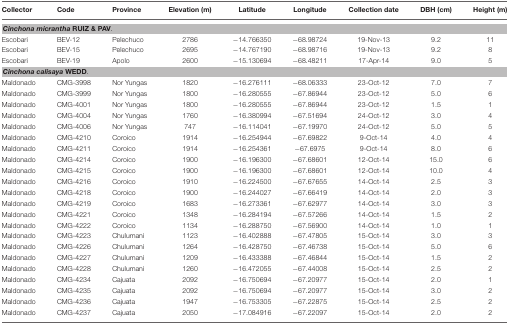
<table><thead><tr><td><b>Collector</b></td><td><b>Code</b></td><td><b>Province</b></td><td><b>Elevation (m)</b></td><td><b>Latitude</b></td><td><b>Longitude</b></td><td><b>Collection date</b></td><td><b>DBH (cm)</b></td><td><b>Height (m)</b></td></tr></thead><tbody><tr><td colspan="9"><i><b>Cinchona micrantha</b></i><b>RUIZ &amp; PAV</b>.</td></tr><tr><td>Escobari</td><td>BEV-12</td><td>Pelechuco</td><td>2786</td><td>−14.766350</td><td>−68.98724</td><td>19-Nov-13</td><td>9.2</td><td>11</td></tr><tr><td>Escobari</td><td>BEV-15</td><td>Pelechuco</td><td>2695</td><td>−14.767190</td><td>−68.98716</td><td>19-Nov-13</td><td>9.2</td><td>8</td></tr><tr><td>Escobari</td><td>BEV-19</td><td>Apolo</td><td>2600</td><td>−15.130694</td><td>−68.48211</td><td>17-Apr-14</td><td>9.0</td><td>5</td></tr><tr><td colspan="9"><i><b>Cinchona calisaya</b></i><b>WEDD</b>.</td></tr><tr><td>Maldonado</td><td>CMG-3998</td><td>Nor Yungas</td><td>1820</td><td>−16.276111</td><td>−68.06333</td><td>23-Oct-12</td><td>7.0</td><td>7</td></tr><tr><td>Maldonado</td><td>CMG-3999</td><td>Nor Yungas</td><td>1800</td><td>−16.280555</td><td>−67.86944</td><td>23-Oct-12</td><td>5.0</td><td>6</td></tr><tr><td>Maldonado</td><td>CMG-4001</td><td>Nor Yungas</td><td>1800</td><td>−16.280555</td><td>−67.86944</td><td>23-Oct-12</td><td>1.5</td><td>1</td></tr><tr><td>Maldonado</td><td>CMG-4004</td><td>Nor Yungas</td><td>1760</td><td>−16.380994</td><td>−67.51694</td><td>24-Oct-12</td><td>3.0</td><td>4</td></tr><tr><td>Maldonado</td><td>CMG-4006</td><td>Nor Yungas</td><td>747</td><td>−16.114041</td><td>−67.19970</td><td>24-Oct-12</td><td>5.0</td><td>5</td></tr><tr><td>Maldonado</td><td>CMG-4210</td><td>Coroico</td><td>1914</td><td>−16.254944</td><td>−67.69822</td><td>9-Oct-14</td><td>4.0</td><td>4</td></tr><tr><td>Maldonado</td><td>CMG-4211</td><td>Coroico</td><td>1914</td><td>−16.254361</td><td>−67.6975</td><td>9-Oct-14</td><td>8.0</td><td>6</td></tr><tr><td>Maldonado</td><td>CMG-4214</td><td>Coroico</td><td>1900</td><td>−16.196300</td><td>−67.68601</td><td>12-Oct-14</td><td>15.0</td><td>6</td></tr><tr><td>Maldonado</td><td>CMG-4215</td><td>Coroico</td><td>1900</td><td>−16.196300</td><td>−67.68601</td><td>12-Oct-14</td><td>10.0</td><td>4</td></tr><tr><td>Maldonado</td><td>CMG-4216</td><td>Coroico</td><td>1910</td><td>−16.224500</td><td>−67.67655</td><td>14-Oct-14</td><td>2.5</td><td>3</td></tr><tr><td>Maldonado</td><td>CMG-4218</td><td>Coroico</td><td>1900</td><td>−16.244027</td><td>−67.66419</td><td>14-Oct-14</td><td>2.0</td><td>3</td></tr><tr><td>Maldonado</td><td>CMG-4219</td><td>Coroico</td><td>1683</td><td>−16.273361</td><td>−67.62977</td><td>14-Oct-14</td><td>3.0</td><td>3</td></tr><tr><td>Maldonado</td><td>CMG-4221</td><td>Coroico</td><td>1348</td><td>−16.284194</td><td>−67.57266</td><td>14-Oct-14</td><td>1.5</td><td>2</td></tr><tr><td>Maldonado</td><td>CMG-4222</td><td>Coroico</td><td>1134</td><td>−16.288750</td><td>−67.56900</td><td>14-Oct-14</td><td>1.0</td><td>1</td></tr><tr><td>Maldonado</td><td>CMG-4223</td><td>Chulumani</td><td>1123</td><td>−16.402888</td><td>−67.47805</td><td>15-Oct-14</td><td>3.0</td><td>3</td></tr><tr><td>Maldonado</td><td>CMG-4226</td><td>Chulumani</td><td>1264</td><td>−16.428750</td><td>−67.46738</td><td>15-Oct-14</td><td>5.0</td><td>6</td></tr><tr><td>Maldonado</td><td>CMG-4227</td><td>Chulumani</td><td>1209</td><td>−16.433388</td><td>−67.46844</td><td>15-Oct-14</td><td>1.5</td><td>2</td></tr><tr><td>Maldonado</td><td>CMG-4228</td><td>Chulumani</td><td>1260</td><td>−16.472055</td><td>−67.44008</td><td>15-Oct-14</td><td>2.5</td><td>2</td></tr><tr><td>Maldonado</td><td>CMG-4234</td><td>Cajuata</td><td>2092</td><td>−16.750694</td><td>−67.20977</td><td>15-Oct-14</td><td>2.0</td><td>1</td></tr><tr><td>Maldonado</td><td>CMG-4235</td><td>Cajuata</td><td>2092</td><td>−16.750694</td><td>−67.20977</td><td>15-Oct-14</td><td>3.0</td><td>2</td></tr><tr><td>Maldonado</td><td>CMG-4236</td><td>Cajuata</td><td>1947</td><td>−16.753305</td><td>−67.22875</td><td>15-Oct-14</td><td>2.5</td><td>2</td></tr><tr><td>Maldonado</td><td>CMG-4237</td><td>Cajuata</td><td>2050</td><td>−17.084916</td><td>−67.22097</td><td>15-Oct-14</td><td>2.0</td><td>2</td></tr></tbody></table>